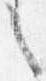
之